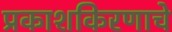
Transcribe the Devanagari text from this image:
प्रकाशकिरणाचे